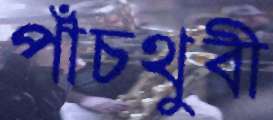
পাঁচথুবী